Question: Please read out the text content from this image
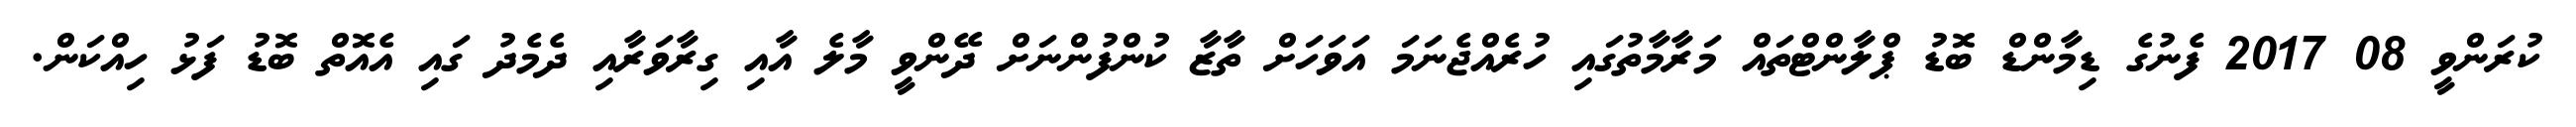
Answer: ކުރަންވީ 08 2017 ފެނުގެ ޑިމާންޑް ބޮޑު ޕްލާންޓްތައް މަރާމާތުގައި ހުރެއްޖެނަމަ އަވަހަށް ތާޒާ ކުންފުންނަށް ދޭންވީ މާލެ އާއި ގިރާވަރާއި ދެމެދު ގައި އެއޮތް ބޮޑު ފަޅު ހިއްކަން.